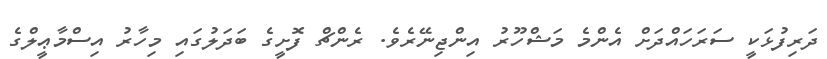
ދަރިފުޅަކީ ސަރަހައްދަށް އެންމެ މަޝްހޫރު އިންޖިނޭރެވެ. ރެންޗް ފޮށީގެ ބަދަލުގައި މިހާރު އިސްމާޢީލްގެ